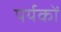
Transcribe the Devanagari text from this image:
पर्यकों